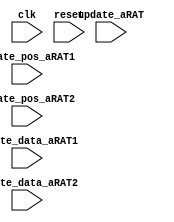
module aRAT (
    input clk,
    input reset,

    input [1:0] update_aRAT,
    input [4:0] update_pos_aRAT1,
    input [4:0] update_pos_aRAT2,
    input [5:0] update_data_aRAT1,
    input [5:0] update_data_aRAT2
    
);

reg [5:0] ARAT [0:31];
integer i;


always @(posedge clk ) begin
    if (reset) begin
        for (i = 0; i<32 ;i++ ) begin  // this may be a bug
            ARAT[i] <= i;
        end
    end else begin
        if (update_aRAT == 2'b01) begin
            ARAT[update_pos_aRAT1] <= update_data_aRAT1;
        end else if (update_aRAT == 2'b10) begin
            ARAT[update_pos_aRAT1] <= update_data_aRAT1;
            ARAT[update_pos_aRAT2] <= update_data_aRAT2;
        end
    end

end

    
endmodule